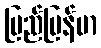
ပြည်မြန်မာ